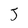
Character: J